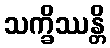
သက္ခိဿန္တိ